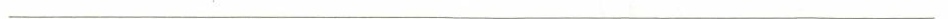
___